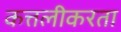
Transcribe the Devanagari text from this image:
कत्तलीकरता